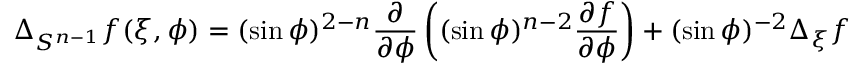
\Delta _ { S ^ { n - 1 } } f ( \xi , \phi ) = ( \sin \phi ) ^ { 2 - n } { \frac { \partial } { \partial \phi } } \left( ( \sin \phi ) ^ { n - 2 } { \frac { \partial f } { \partial \phi } } \right) + ( \sin \phi ) ^ { - 2 } \Delta _ { \xi } f